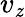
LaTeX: v_{\mathit{z}}